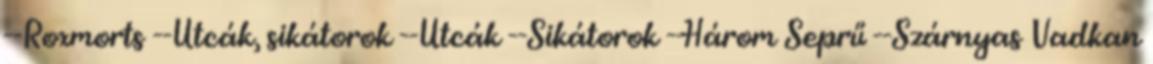
--Roxmorts --Utcák, sikátorok --Utcák --Sikátorok --Három Seprű --Szárnyas Vadkan